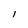
Character: l